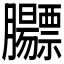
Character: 𬛡